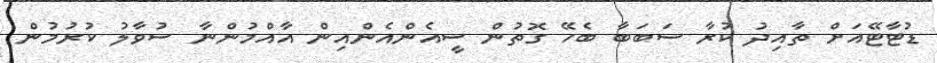
ޑުޓާޓޭއަށް ތާއިދު ކުރާ ސަބަބާ ބެހޭ ގޮތުން ސީއެންއެންއިން އާއްމުންނާ ސުވާލު ކުރުމުން